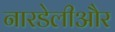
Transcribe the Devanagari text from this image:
नारडेलीऔर